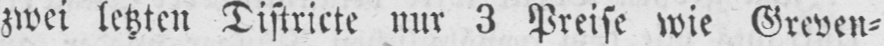
zwei letzten Distrikte nur 3 Preise wie Greven⸗